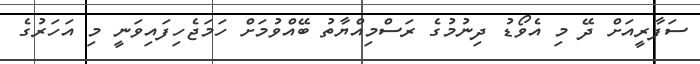
ސަފާރީއަށް ދޭ މި އެވޯޑު ދިނުމުގެ ރަސްމިއްޔާތު ބޭއްވުމަށް ހަމަޖެހިފައިވަނީ މި އަހަރުގެ